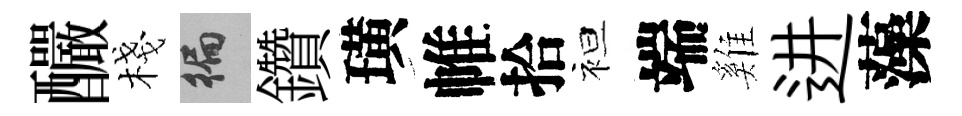
釅棧徧鑽璜帷拾袒端雞进藻